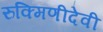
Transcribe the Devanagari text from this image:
रुक्मिणीदेवी